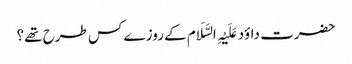
حضرت داؤد عَلَیْہِ السَّلَام کے روزے کس طرح تھے؟